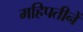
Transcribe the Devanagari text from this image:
महिपतीनें